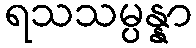
ရသသမ္ပန္နာ